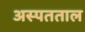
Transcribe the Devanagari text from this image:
अस्पतताल